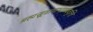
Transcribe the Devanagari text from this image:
ब्रह्मसूत्राणभाण्यवृत्ति